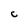
Character: C